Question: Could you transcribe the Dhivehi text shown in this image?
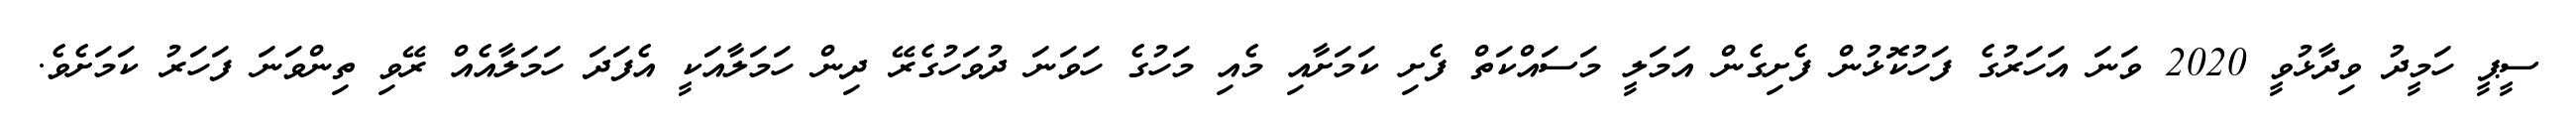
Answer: ސީޕީ ހަމީދު ވިދާޅުވީ 2020 ވަނަ އަހަރުގެ ފަހުކޮޅުން ފެށިގެން އަމަލީ މަސައްކަތް ފެށި ކަމަށާއި މެއި މަހުގެ ހަވަނަ ދުވަހުގެރޭ ދިން ހަމަލާއަކީ އެފަދަ ހަމަލާއެއް ރޭވި ތިންވަނަ ފަހަރު ކަމަށެވެ.